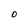
Character: O